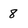
Character: 8